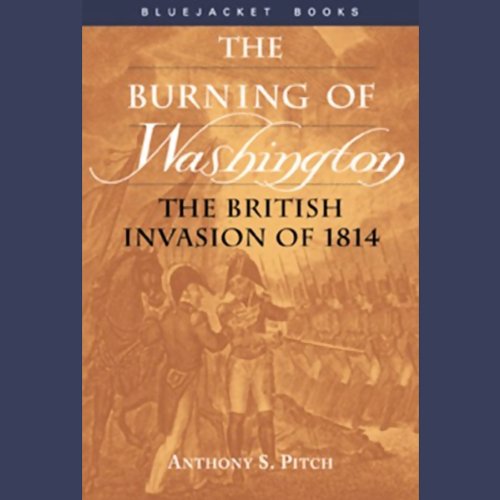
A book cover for The Burning of Washington: The British Invasion of 1814; Anthony S. Pitch; History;